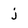
Character: j